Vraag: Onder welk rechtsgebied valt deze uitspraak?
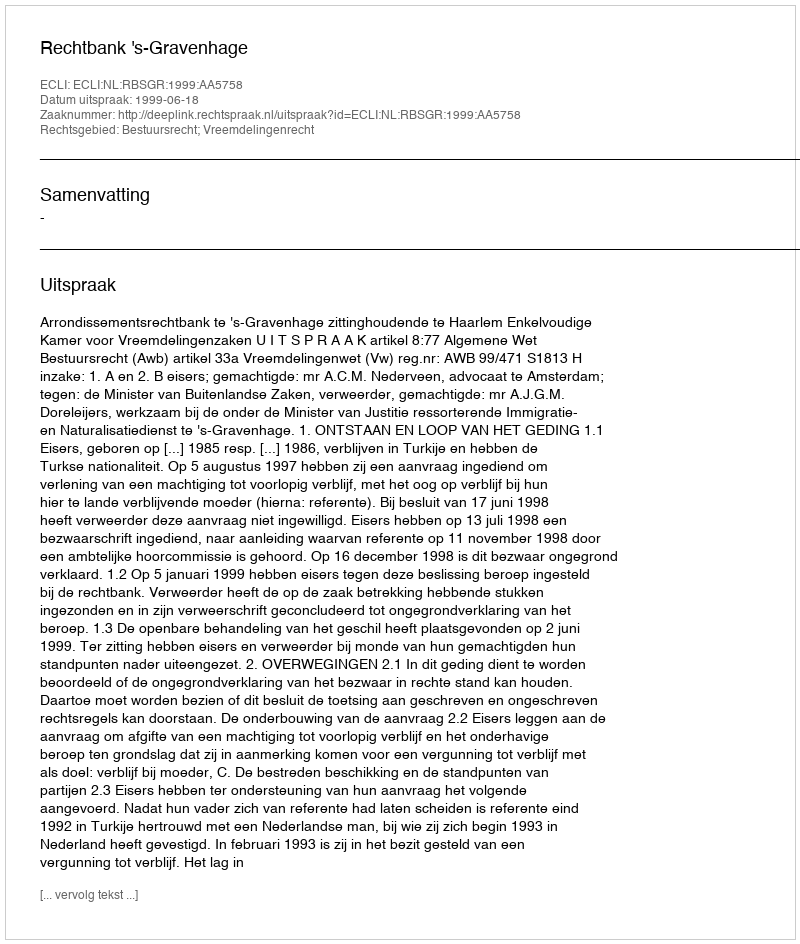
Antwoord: Bestuursrecht; Vreemdelingenrecht